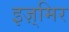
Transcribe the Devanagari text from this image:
इज़्मिर